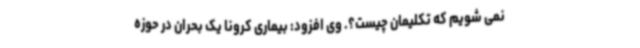
نمی شویم که تکلیمان چیست؟. وی افزود: بیماری کرونا یک بحران در حوزه